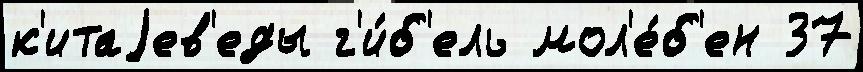
к'итаjев'еды г'и́б'ель мол'е́б'ен 37